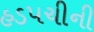
હડપચીની